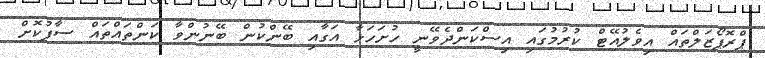
ޕްރޮޕޯޒަލްތައް އިވެލުއޭޓް ކުރުމުގައި އިސްކަންދެވޭނީ ހުށަހަޅާ އަގާއި ބޭންކުން ބޭނުންވާ ކަންތައްތައް ސާފުކޮށް